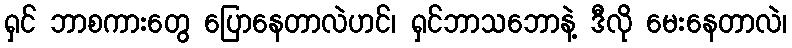
ရှင် ဘာစကားတွေ ပြောနေတာလဲဟင်၊ ရှင်ဘာသဘောနဲ့ ဒီလို မေးနေတာလဲ၊